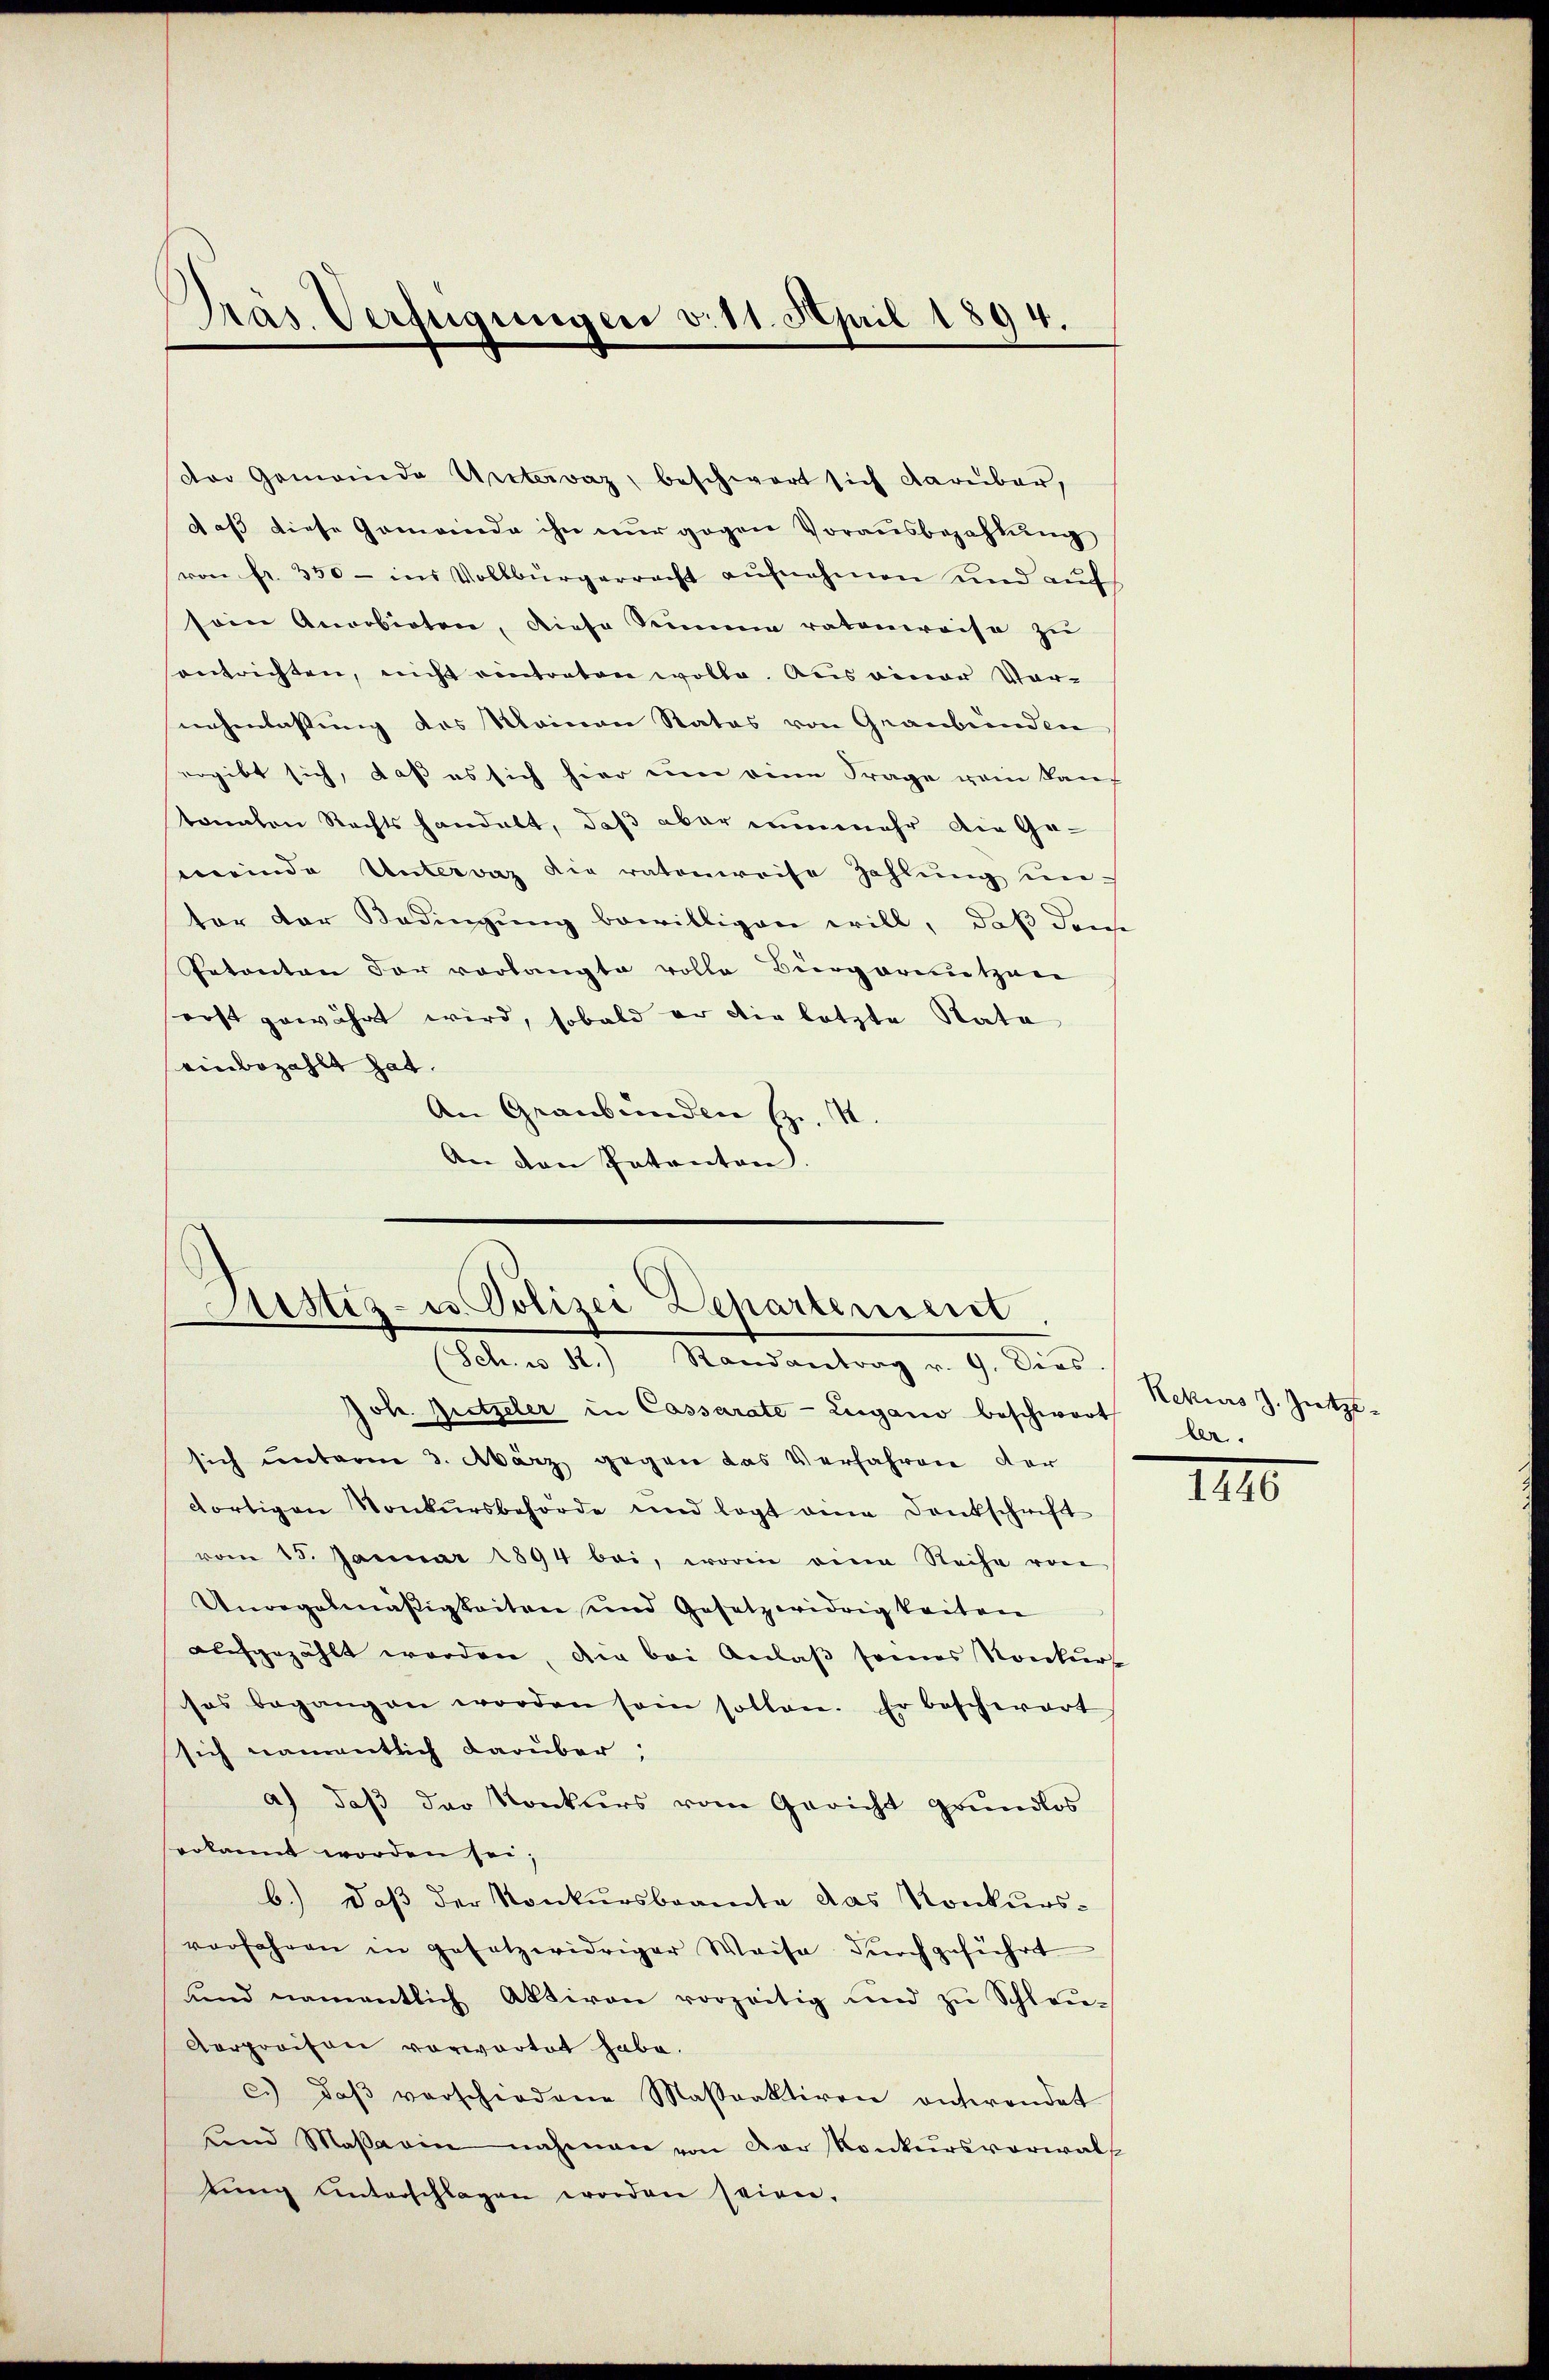
Präs. Verfügungen v. 11. April 1894.

dor Gemeinde Untervaz, beschwert sich darüber,
daß diese Gemeinde ihn nur gegen Vorausbezahlung
von fr. 350 - ins Vollbürgerracht aŭfnahmen und aŭf
sein Anorbieten, diese Semina ratenweise zu
santrichten, nicht eintreten wolle. Aus einer Vornahenlassung des Meinen Statos von Graubünden
ergibt sich, daß es sich hier um eine Frage vom kauf
tonalen Rechts handelt, daß aber nunmehr die Gemeinde Untervaz die ratonreise Zahlung untor der Bedingung bewilligen will, daß den
Petonten der vorlangte volle Bürgernutzun
erst gewährt wird, sobald er die letzte Rata
einbezahlt hat.
An Graubünden (z.
An den Patenten

stiz- u. Polizei Departement
(Sch. u 12.) Randantrag v. 9. Dies

Joh. Bretzeler in Cassarate - Zugano beschwort ler.
sich unterm 3. März gegen das Verfahren der
dortigen Konkursbehörde und legt eine Dankschrift
vom 15. Januar 1894 bei, worin eine Reihe von
Unregelmäßigkeiten und Gesetzwidrigkeiten
aufgezählt worden, die bei Anlaβ seines Konkurs
sos begangen worden sein sollen. Er beschwart
sich namentlich darüber;
a) daβ der Konkurs vom Gericht grundlos
erkannt worden sei,
b.) daß der Konkursbeamte das Konkursvorfahren in gesetzwidriger Waise dŭrchgeführt
nnd namentlich Aktiven vorzeitig und zŭ Schleu-
Aerpraison vorwartet habe.
c. daβ verschiedene Maßraktiven entwendet
und Maβarin nahmen von der Konkursverwal
tŭng unterschlagen worden seien.

Rekurs J. Zietze

IIII